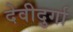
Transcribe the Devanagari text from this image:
देवीदुर्गा